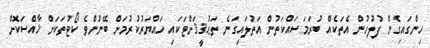
ހިންގައިގެން ފުލުހުން އެތަކެއް ބުރަމަސައްކަތުން އަތުލައިގަނެ ތަޙުޤީޤަށްޓަކައި ހައްޔަރުކުރުމަށް ބޭނުންވެ ކޯޓުތަކަށް ޚާއްސަކޮށް